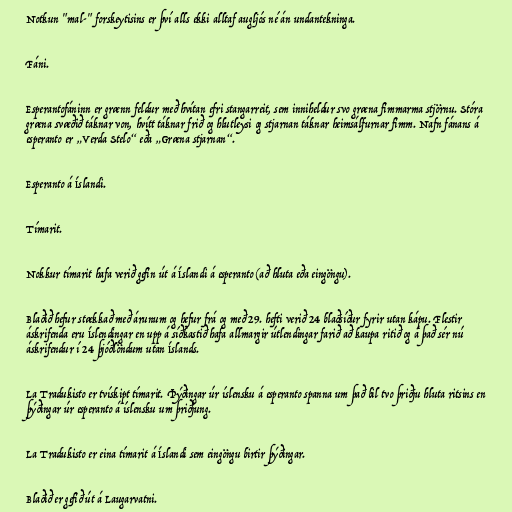
Notkun "mal-" forskeytisins er því alls ekki alltaf augljós né án undantekninga.

Fáni.

Esperantofáninn er grænn feldur með hvítan efri stangarreit, sem inniheldur svo græna fimmarma stjörnu. Stóra
græna svæðið táknar von, hvítt táknar frið og hlutleysi og stjarnan táknar heimsálfurnar fimm. Nafn fánans á
esperanto er „Verda Stelo“ eða „Græna stjarnan“.

Esperanto á Íslandi.

Tímarit.

Nokkur tímarit hafa verið gefin út á Íslandi á esperanto (að hluta eða eingöngu).

Blaðið hefur stækkað með árunum og hefur frá og með 29. hefti verið 24 blaðsíður fyrir utan kápu. Flestir
áskrifenda eru Íslendingar en upp á síðkastið hafa allmargir útlendingar farið að kaupa ritið og á það sér nú
áskrifendur í 24 þjóðlöndum utan Íslands.

La Tradukisto er tvískipt tímarit. Þýðingar úr íslensku á esperanto spanna um það bil tvo þriðju hluta ritsins en
þýðingar úr esperanto á íslensku um þriðjung.

La Tradukisto er eina tímarit á Íslandi sem eingöngu birtir þýðingar.

Blaðið er gefið út á Laugarvatni.